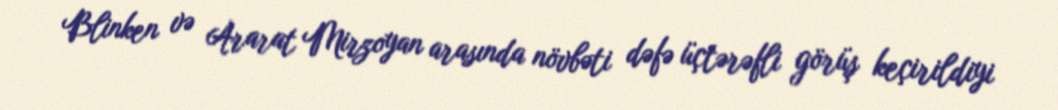
Blinken və Ararat Mirzoyan arasında növbəti dəfə üçtərəfli görüş keçirildiyi